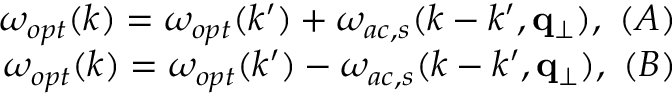
\begin{array} { r } { \omega _ { o p t } ( k ) = \omega _ { o p t } ( k ^ { \prime } ) + \omega _ { a c , s } ( k - k ^ { \prime } , \mathbf { q } _ { \perp } ) , ~ ( A ) } \\ { \omega _ { o p t } ( k ) = \omega _ { o p t } ( k ^ { \prime } ) - \omega _ { a c , s } ( k - k ^ { \prime } , \mathbf { q } _ { \perp } ) , ~ ( B ) } \end{array}